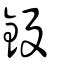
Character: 鈠